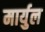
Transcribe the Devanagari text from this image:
मार्युल